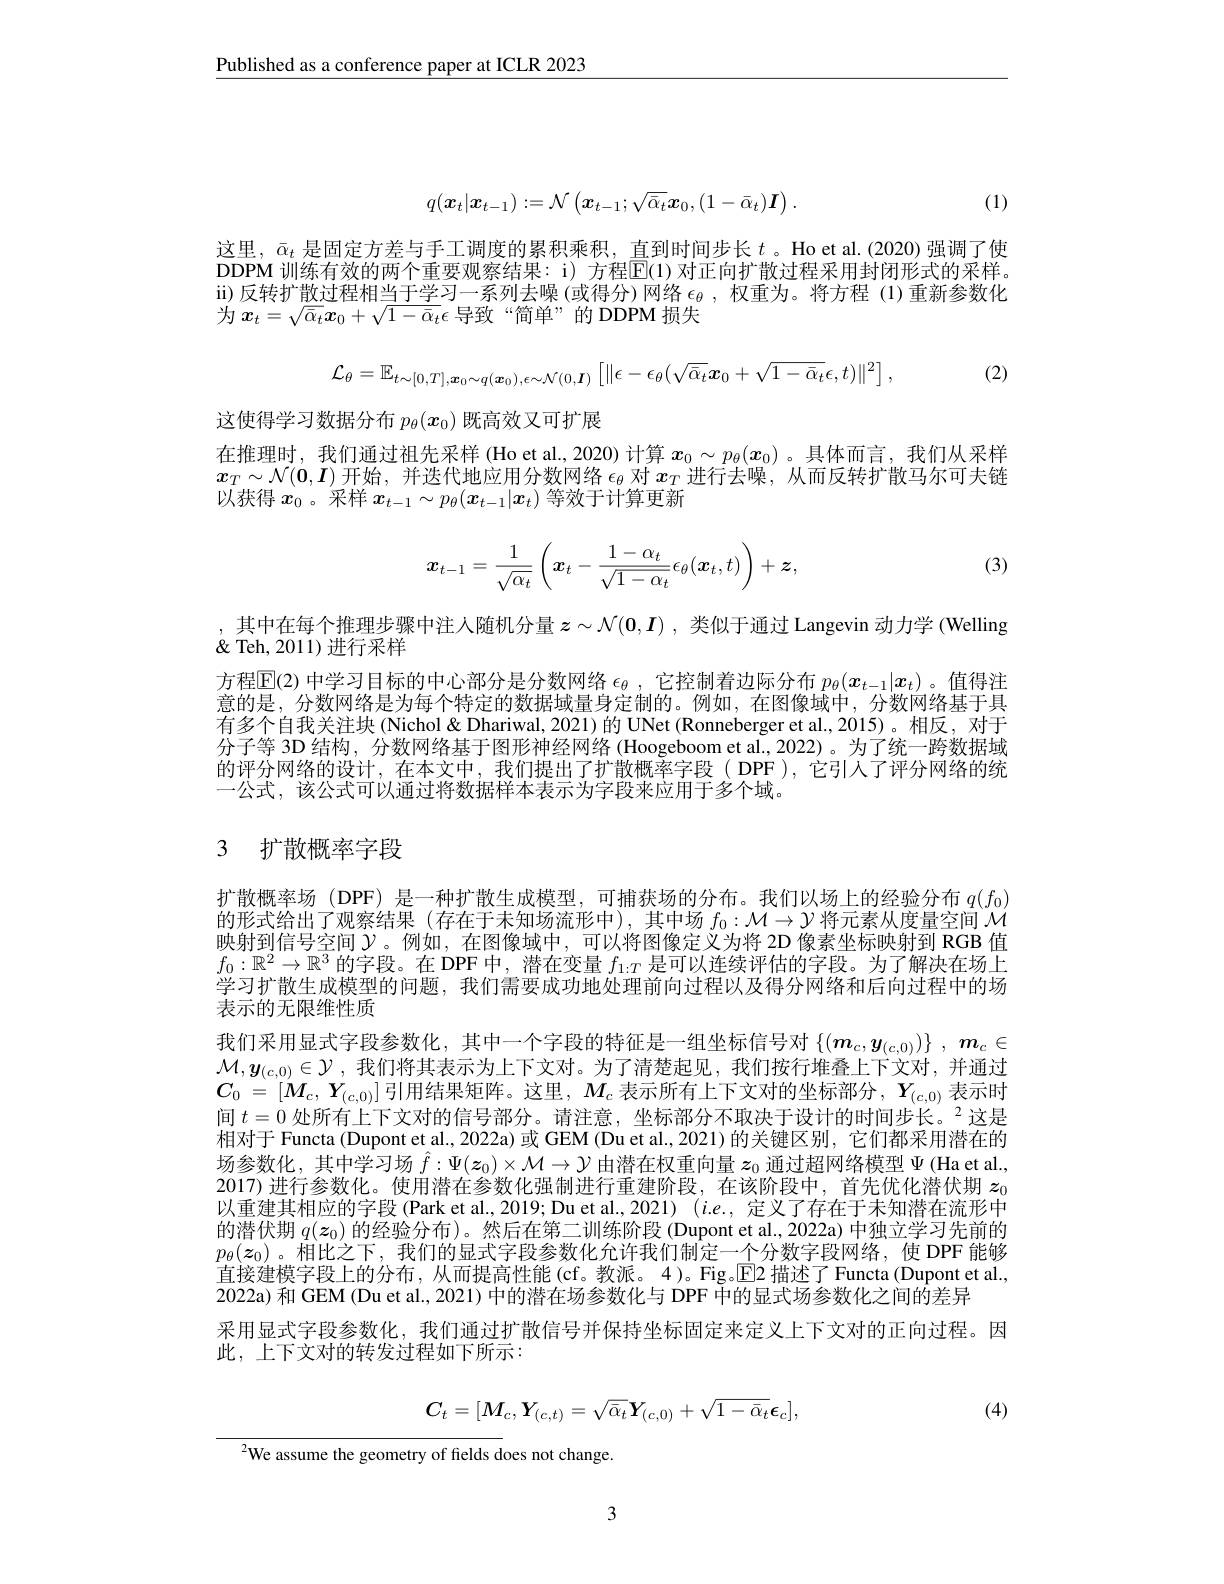
$\underline{\text{Published as a conference paper at ICLR 2023}}$
$$q(\boldsymbol{x}_t|\boldsymbol{x}_{t-1}):=\mathcal{N}\begin{pmatrix}\boldsymbol{x}_{t-1};\sqrt{\bar{\alpha}_t}\boldsymbol{x}_0,(1-\bar{\alpha}_t)\boldsymbol{I}\end{pmatrix}.$$
(1)

这里，$\bar{\alpha}_t$是固定方差与手工调度的累积乘积，直到时间步长$t$ 。Ho et al.(2020)强调了使DDPM 训练有效的两个重要观察结果：i) 方程$\overline{\mathrm{E}}(1)$ 对正向扩散过程采用封闭形式的采样。ii)反转扩散过程相当于学习一系列去噪 (或得分)网络$\epsilon_\theta$ ,权重为。将方程 (1)重新参数化为$x_t=\sqrt{\bar{\alpha}_t}\boldsymbol{x}_0+\sqrt{1-\bar{\alpha}_t}\epsilon$导致“简单”的 DDPM 损失

, (2)
$$\mathcal{L}_{\theta}=\mathbb{E}_{t\sim[0,T],\boldsymbol{x}_{0}\sim q(\boldsymbol{x}_{0}),\epsilon\sim\mathcal{N}(0,\boldsymbol{I})}\left[\|\epsilon-\epsilon_{\theta}(\sqrt{\bar{\alpha}_{t}}\boldsymbol{x}_{0}+\sqrt{1-\bar{\alpha}_{t}}\epsilon,t)\|^{2}\right],$$
这使得学习数据分布$p_\theta(x_0)$既高效又可扩展
在推理时，我们通过祖先采样 (Ho et al., 2020) 计算$x_0\sim p_\theta(x_0)$ 。具体而言，我们从采样$\boldsymbol{x}_T\sim\mathcal{N}(\boldsymbol{0},\boldsymbol{I})$开始，并迭代地应用分数网络$\epsilon_\theta$对$x_T$进行去噪，从而反转扩散马尔可夫链以获得$x_0$。采样$x_t-1\sim p_\theta(x_{t-1}|x_t)$等效于计算更新

(3)
$$\boldsymbol{x}_{t-1}=\dfrac{1}{\sqrt{\alpha_t}}\left(\boldsymbol{x}_t-\dfrac{1-\alpha_t}{\sqrt{1-\alpha_t}}\epsilon_\theta(\boldsymbol{x}_t,t)\right)+\boldsymbol{z},$$
,其中在每个推理步骤中注人随机分量$z\sim\mathcal{N}(0,I)$ ,类似于通过 Langevin 动力学 (Welling
$\&$ Teh, 2011) 进行采样
方程$\mathbb{E}$(2) 中学习目标的中心部分是分数网络$\epsilon_\theta$,它控制着边际分布$p_\theta(x_{t-1}|x_t)$ 。值得注道的是。分数网络是为盘个特定的数据域最身定制的。例如，在图像域中，分数网络基十县有多个自我关注块(Nichol&Dhariwal,2021)的 UNet(Ronneberger et al.,2015)。相反，对于分子等 3D 结构，分数网络基于图形神经网络 (Hoogeboom et al., 2022) 。为了统一跨数据域的评分网络的设计，在本文中，我们提出了扩散概率字段(DPF),它引人了评分网络的统一公式，该公式可以通过将数据样本表示为字段来应用于多个域。

# 3 扩散概率字段

扩散概率场 (DPF) 是一种扩散生成模型，可捕获场的分布。我们以场上的经验分布$q(f_0)$ 的形式给出了观察结果(存在于未知场流形中),其中场$f_0:\mathcal{M}\to\mathcal{Y}$将元素从度量空间$\mathcal{M}$ 映射到信号空间$\mathcal{Y}$。例如，在图像域中，可以将图像定义为将 2D 像素坐标映射到 RGB 值$f_0:\mathbb{R}^2\to\mathbb{R}^3$的字段。在 DPF 中，潜在变量$f_1:T$是可以连续评估的字段。为了解决在场上学习扩散生成模型的问题，我们需要成功地处理前向过程以及得分网络和后向过程中的场表示的无限维性质
我们采用显式字段参数化，其中一个字段的特征是一组坐标信号对$\{(\boldsymbol{m}_c,\boldsymbol{y}_{(c,0)})\}~,~\boldsymbol{m}_c\in$ $\mathcal{M},\boldsymbol{y}_{(c,0)}\in\mathcal{Y}$,我们将其表示为上下文对。为了清楚起见，我们按行堆叠上下文对，并通过$C_0=[M_c,Y_{(c,0)}]$引用结果矩阵。这里，$M_c$ 表示所有上下文对的坐标部分，$Y_(c,0)$ 表示时间$t=0$处所有上下文对的信号部分。请注意，坐标部分不取决于设计的时间步长。2这是相对于 Functa (Dupont et al., 2022a) 或 GEM (Du et al., 2021) 的关键区别，它们都采用潜在的场参数化，其中学习场$\hat{f}:\Psi(\boldsymbol{z}_0)\times\mathcal{M}\to\mathcal{Y}$由潜在权重向量$z_0$通过超网络模型$\Psi$ (Ha et al., 2017) 进行参数化。使用潜在参数化强制进行重建阶段，在该阶段中，首先优化潜伏期$z_0$ 以重建其相应的字段 (Park et al., 2019; Du et al., 2021) (i.e., 定义了存在于未知潜在流形中的潜伏期$q(\boldsymbol{z}_0)$的经验分布)。然后在第二训练阶段 (Dupont et al., 2022a) 中独立学习先前的$p_\theta(z_0)$。相比之下，我们的显式字段参数化允许我们制定一个分数字段网络，使 DPF 能够直接建模字段上的分布，从而提高性能(cf。教派。4)。Fig。E2 描述了 Functa (Dupont et al. 2022a) 和 GEM (Du et al., 2021) 中的潜在场参数化与 DPF 中的显式场参数化之间的差异
采用显式字段参数化，我们通过扩散信号并保持坐标固定来定义上下文对的正向过程。因
此，上下文对的转发过程如下所示：

(4)

$\frac{1}{2}=\frac{1}{2}=\frac{1}{2}$
$$C_{t}=[M_{c},Y_{(c,t)}=\sqrt{\bar{\alpha}_{t}}\boldsymbol{Y}_{(c,0)}+\sqrt{1-\bar{\alpha}_{t}}\boldsymbol{\epsilon}_{c}],$$
$^{2}$We assume the geometry of fields does not change.